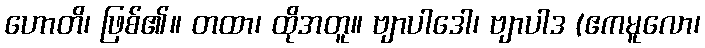
ဟောတိ၊ ဖြစ်၏။ တထာ၊ ထိုအတူ။ ဗျာပါဒေါ၊ ဗျာပါဒ (ဧကမူလော၊